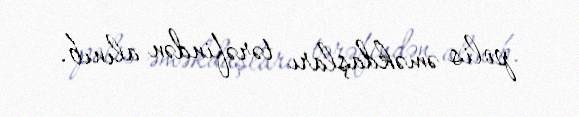
polis əməkdaşları tərəfindən alınıb.